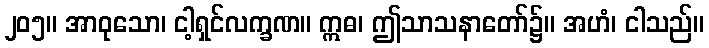
၂၀၅။ အာဝုသော၊ ငါ့ရှင်လက္ခဏ။ ဣဓ၊ ဤသာသနာတော်၌။ အဟံ၊ ငါသည်။